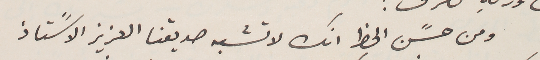
ومن حسًن الحظ انك لا تشبه صديقنا العزيز الاسًتاذ